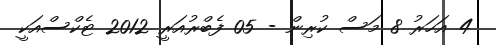
4 އަހަރު 8 މަސް ކުރިން - 05 ފެބްރުއަރީ 2012 ޓެކްސްއަކީ